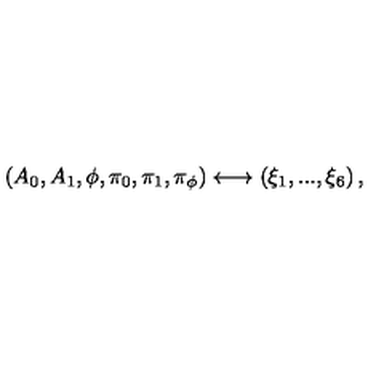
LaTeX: \left( A _ { 0 } , A _ { 1 } , \phi , \pi _ { 0 } , \pi _ { 1 } , \pi _ { \phi } \right) \longleftrightarrow \left( \xi _ { 1 } , . . . , \xi _ { 6 } \right) ,